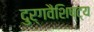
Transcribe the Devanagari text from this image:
दुर्गवैशिष्ट्य